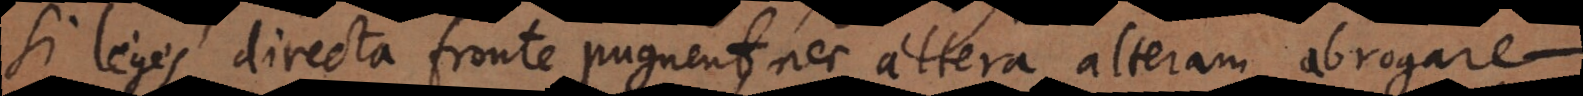
Si leges directa fronte pugnent, nec altera alteram abrogare